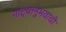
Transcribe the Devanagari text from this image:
नाट्यानुभवाची